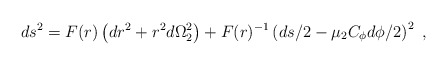
\begin{align*}ds^2=F(r) \left({d r}^2 +r^2{d\Omega}_2^2 \right)+F(r)^{-1}\left({d s}/2-\mu_2C_\phi{d\phi}/2\right)^2\ ,\end{align*}